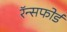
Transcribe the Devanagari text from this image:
रॅन्सफोर्ड